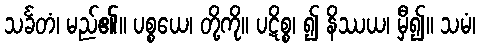
သင်္ခတံ၊ မည်၏။ ပစ္စယေ၊ တို့ကို။ ပဋိစ္စ၊ ၍ နိဿယ၊ မှီ၍။ သမံ၊